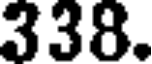
338.